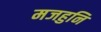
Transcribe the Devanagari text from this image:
मजहुनि